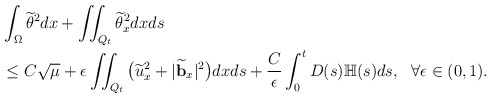
\begin{align*} &\int_\Omega\widetilde{\theta}^2dx+ \iint_{Q_t} \widetilde{\theta}_x^2dxds\\ &\leq C\sqrt{\mu} +\epsilon\iint_{Q_t}\big(\widetilde{u}_x^2+|\widetilde{\mathbf{b}}_x|^2\big)dxds +\frac{C}{\epsilon}\int_0^tD(s)\mathbb{H}(s)ds,~~\forall\epsilon\in(0, 1).\end{align*}